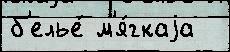
б'елье́ м'я́гкаjа